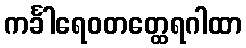
ကင်္ခါရေဝတတ္ထေရဂါထာ